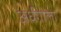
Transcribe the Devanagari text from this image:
अर्धगोला